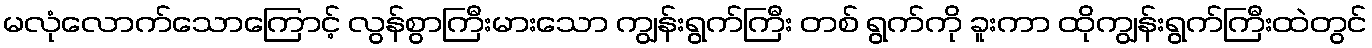
မလုံလောက်သောကြောင့် လွန်စွာကြီးမားသော ကျွန်းရွက်ကြီး တစ် ရွက်ကို ခူးကာ ထိုကျွန်းရွက်ကြီးထဲတွင်